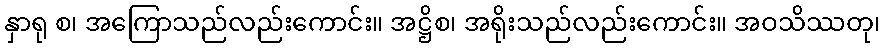
နှာရု စ၊ အကြောသည်လည်းကောင်း။ အဋ္ဌိစ၊ အရိုးသည်လည်းကောင်း။ အဝသိဿတု၊